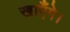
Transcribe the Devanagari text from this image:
खाएँगे।